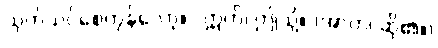
သုတ်သင်စေကုန်လော့။” ဣတိ၊ ဤသို့။ (အာဟ၊ ဆို၏။)